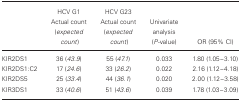
<table><thead><tr><td></td><td><b>HCV G1 Actual count (<i>expected</i><i> count</i>)</b></td><td><b>HCV G23 Actual count (<i>expected</i><i> count</i>)</b></td><td><b>Univariate analysis (<i>P</i>‐value)</b></td><td><b>OR (95% CI)</b></td></tr></thead><tbody><tr><td>KIR2DS1</td><td>36 (<i>43.9</i>)</td><td>55 (<i>47.1</i>)</td><td>0.033</td><td>1.80 (1.05–3.10)</td></tr><tr><td>KIR2DS1:C2</td><td>17 (<i>24.6</i>)</td><td>33 (<i>26.2</i>)</td><td>0.022</td><td>2.16 (1.12–4.18)</td></tr><tr><td>KIR2DS5</td><td>25 (<i>33.4</i>)</td><td>44 (<i>36.1</i>)</td><td>0.020</td><td>2.00 (1.12–3.58)</td></tr><tr><td>KIR3DS1</td><td>33 (<i>40.6</i>)</td><td>51 (<i>43.6</i>)</td><td>0.039</td><td>1.78 (1.03–3.09)</td></tr></tbody></table>